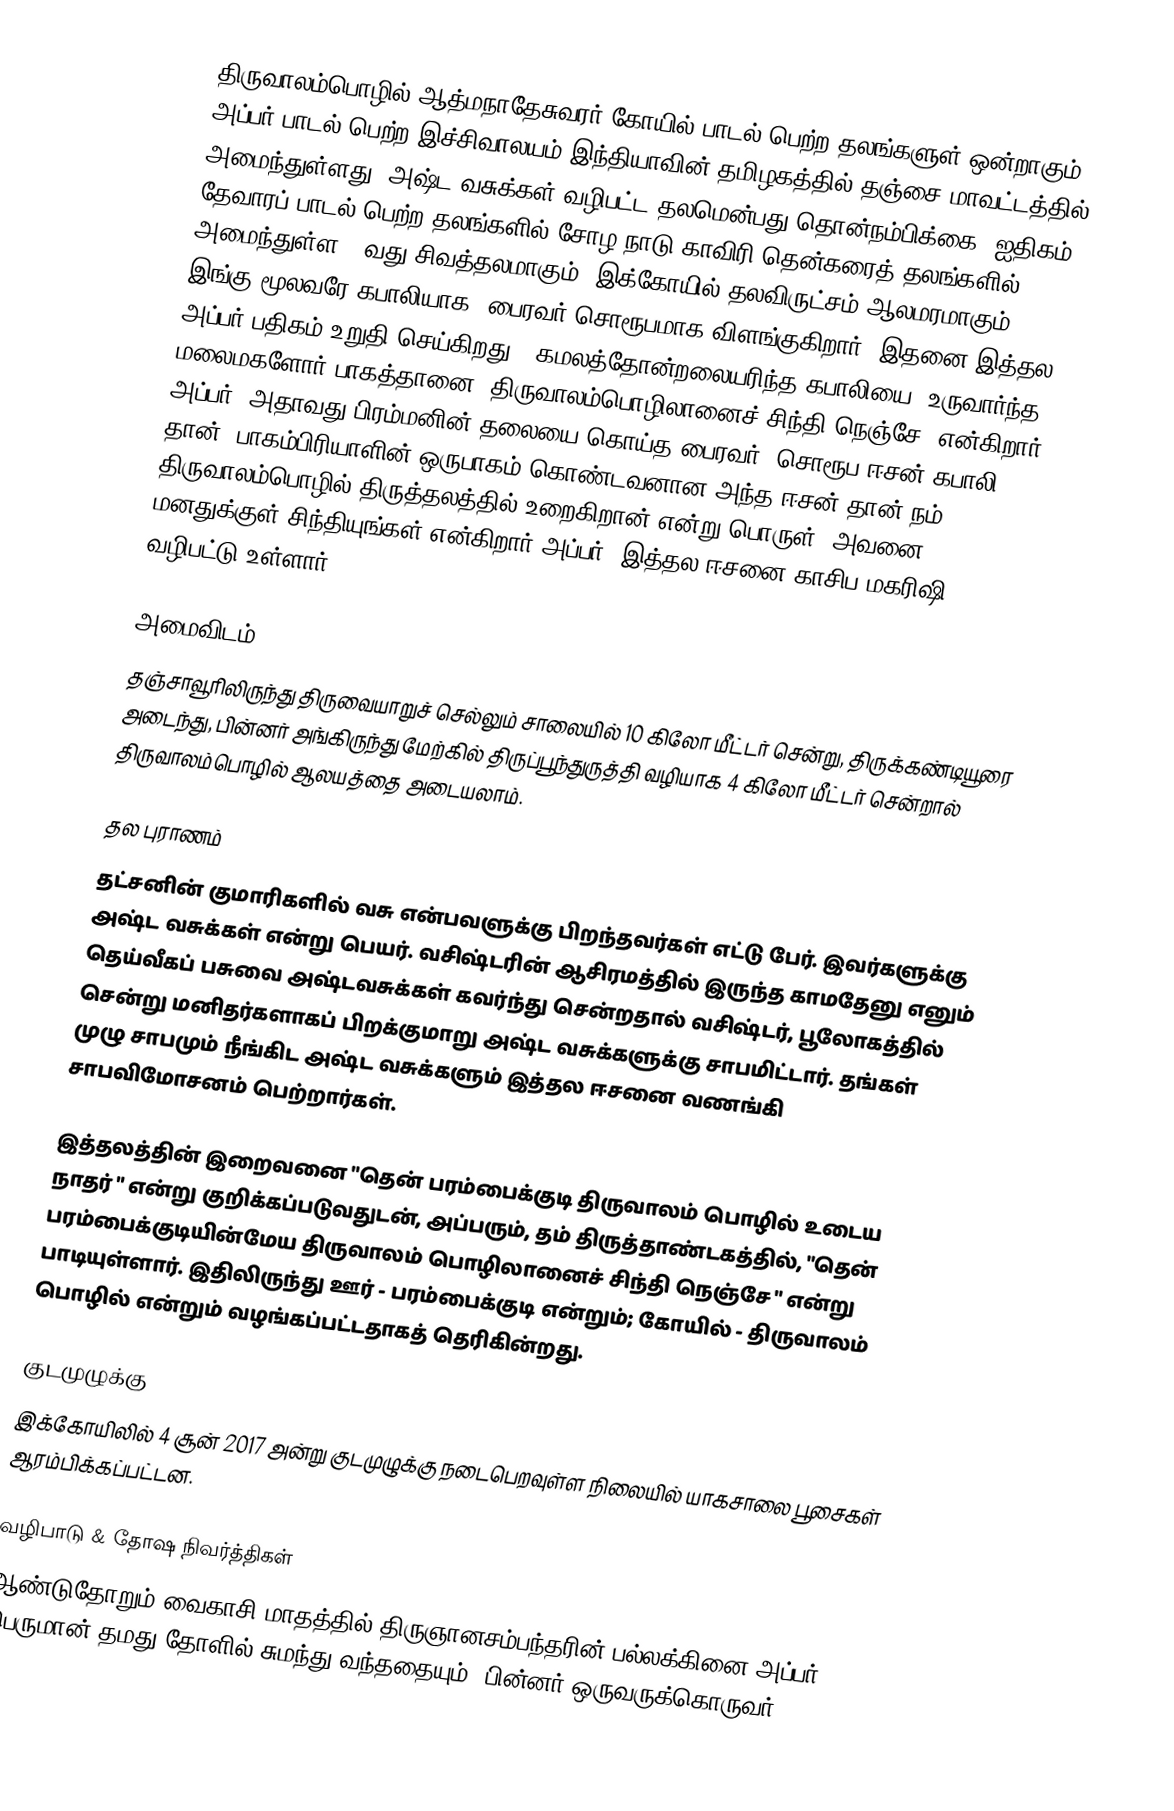
திருவாலம்பொழில் ஆத்மநாதேசுவரர் கோயில் பாடல் பெற்ற தலங்களுள் ஒன்றாகும். அப்பர் பாடல் பெற்ற இச்சிவாலயம் இந்தியாவின் தமிழகத்தில் தஞ்சை மாவட்டத்தில் அமைந்துள்ளது. அஷ்ட வசுக்கள் வழிபட்ட தலமென்பது தொன்நம்பிக்கை (ஐதிகம்). தேவாரப் பாடல் பெற்ற தலங்களில் சோழ நாடு காவிரி தென்கரைத் தலங்களில் அமைந்துள்ள 10வது சிவத்தலமாகும். இக்கோயில் தலவிருட்சம் ஆலமரமாகும். இங்கு மூலவரே கபாலியாக, பைரவர் சொரூபமாக விளங்குகிறார். இதனை இத்தல அப்பர் பதிகம் உறுதி செய்கிறது. ‘கமலத்தோன்றலையரிந்த கபாலியை, உருவார்ந்த மலைமகளோர் பாகத்தானை, திருவாலம்பொழிலானைச் சிந்தி நெஞ்சே’ என்கிறார் அப்பர். அதாவது பிரம்மனின் தலையை கொய்த பைரவர், சொரூப ஈசன் கபாலி தான், பாகம்பிரியாளின் ஒருபாகம் கொண்டவனான அந்த ஈசன் தான் நம் திருவாலம்பொழில் திருத்தலத்தில் உறைகிறான் என்று பொருள். அவனை மனதுக்குள் சிந்தியுங்கள் என்கிறார் அப்பர். இத்தல ஈசனை காசிப மகரிஷி வழிபட்டு உள்ளார்.

அமைவிடம்
தஞ்சாவூரிலிருந்து திருவையாறுச் செல்லும் சாலையில் 10 கிலோ மீட்டர் சென்று, திருக்கண்டியூரை அடைந்து, பின்னர் அங்கிருந்து மேற்கில் திருப்பூந்துருத்தி வழியாக 4 கிலோ மீட்டர் சென்றால் திருவாலம்பொழில் ஆலயத்தை அடையலாம்.

தல புராணம்
தட்சனின் குமாரிகளில் வசு என்பவளுக்கு பிறந்தவர்கள் எட்டு பேர். இவர்களுக்கு அஷ்ட வசுக்கள் என்று பெயர். வசிஷ்டரின் ஆசிரமத்தில் இருந்த காமதேனு எனும் தெய்வீகப் பசுவை அஷ்டவசுக்கள் கவர்ந்து சென்றதால் வசிஷ்டர், பூலோகத்தில் சென்று மனிதர்களாகப் பிறக்குமாறு அஷ்ட வசுக்களுக்கு சாபமிட்டார். தங்கள் முழு சாபமும் நீங்கிட அஷ்ட வசுக்களும் இத்தல ஈசனை வணங்கி சாபவிமோசனம் பெற்றார்கள்.

இத்தலத்தின் இறைவனை "தென் பரம்பைக்குடி திருவாலம் பொழில் உடைய நாதர் " என்று குறிக்கப்படுவதுடன், அப்பரும், தம் திருத்தாண்டகத்தில், "தென் பரம்பைக்குடியின்மேய திருவாலம் பொழிலானைச் சிந்தி நெஞ்சே " என்று பாடியுள்ளார். இதிலிருந்து ஊர் - பரம்பைக்குடி என்றும்; கோயில் - திருவாலம் பொழில் என்றும் வழங்கப்பட்டதாகத் தெரிகின்றது.

குடமுழுக்கு
இக்கோயிலில் 4 சூன் 2017 அன்று குடமுழுக்கு நடைபெறவுள்ள நிலையில் யாகசாலை பூசைகள் ஆரம்பிக்கப்பட்டன.

வழிபாடு & தோஷ நிவர்த்திகள்
ஆண்டுதோறும் வைகாசி மாதத்தில் திருஞானசம்பந்தரின் பல்லக்கினை அப்பர் பெருமான் தமது தோளில் சுமந்து வந்ததையும், பின்னர் ஒருவருக்கொருவர்